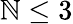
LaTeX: \mathbb{N}\le3